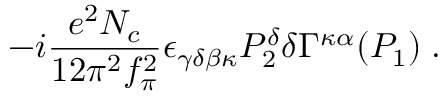
- i \frac { e ^ { 2 } N _ { c } } { 1 2 \pi ^ { 2 } f _ { \pi } ^ { 2 } } \epsilon _ { \gamma \delta \beta \kappa } P _ { 2 } ^ { \delta } \delta \Gamma ^ { \kappa \alpha } ( P _ { 1 } ) \; .